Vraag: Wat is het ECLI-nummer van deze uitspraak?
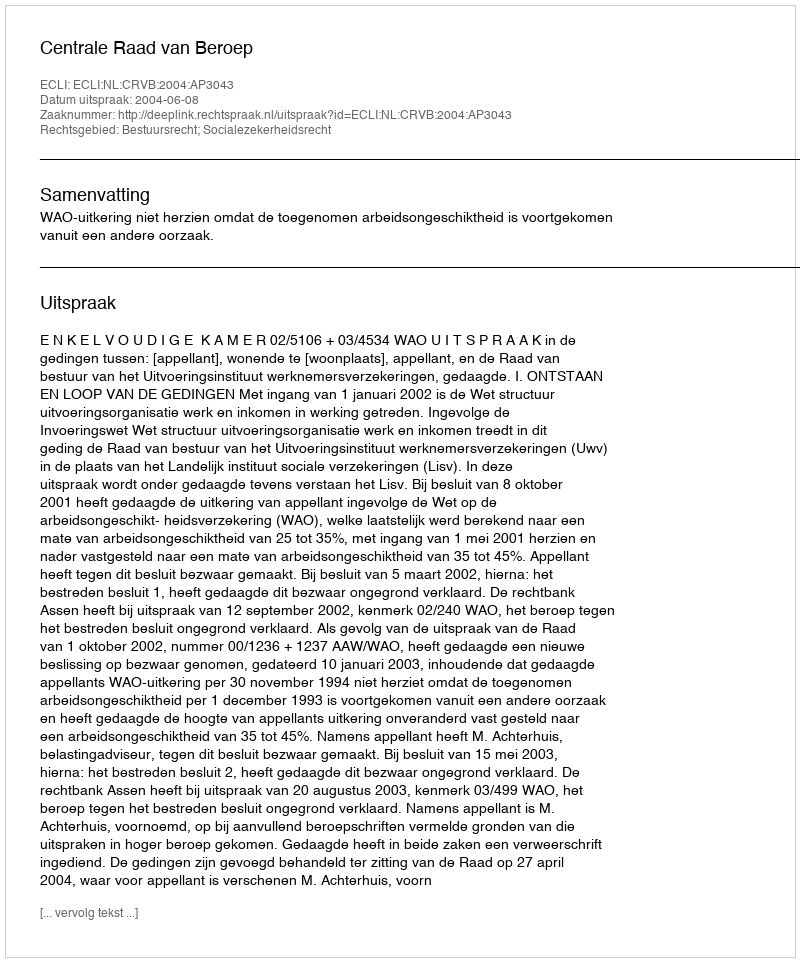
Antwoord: ECLI:NL:CRVB:2004:AP3043